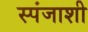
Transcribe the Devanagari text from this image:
स्पंजाशी